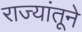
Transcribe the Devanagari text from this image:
राज्यांतूने